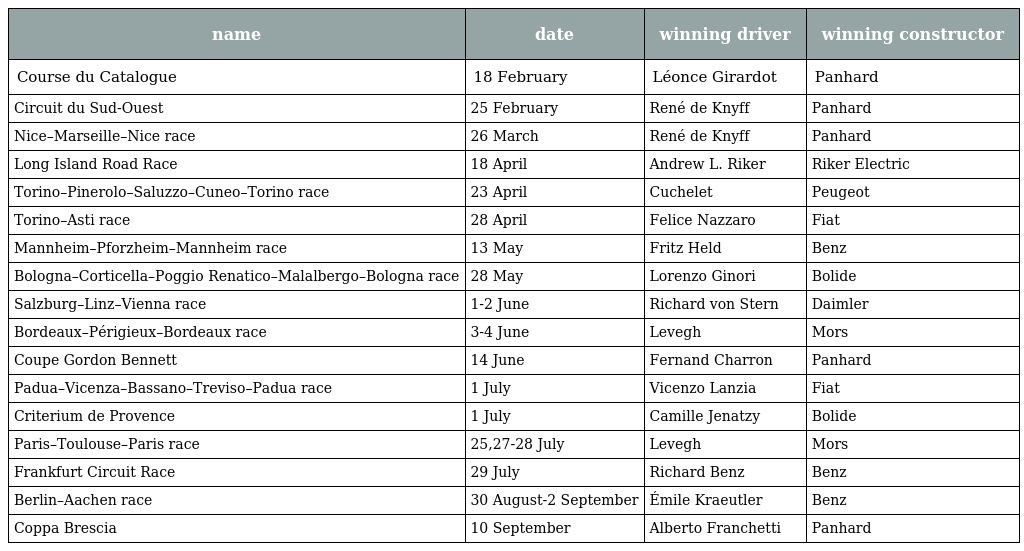
| name | date | winning driver | winning constructor |
 | --- | --- | --- | --- |
 | Course du Catalogue | 18 February | Léonce Girardot | Panhard |
 | Circuit du Sud-Ouest | 25 February | René de Knyff | Panhard |
 | Nice–Marseille–Nice race | 26 March | René de Knyff | Panhard |
 | Long Island Road Race | 18 April | Andrew L. Riker | Riker Electric |
 | Torino–Pinerolo–Saluzzo–Cuneo–Torino race | 23 April | Cuchelet | Peugeot |
 | Torino–Asti race | 28 April | Felice Nazzaro | Fiat |
 | Mannheim–Pforzheim–Mannheim race | 13 May | Fritz Held | Benz |
 | Bologna–Corticella–Poggio Renatico–Malalbergo–Bologna race | 28 May | Lorenzo Ginori | Bolide |
 | Salzburg–Linz–Vienna race | 1-2 June | Richard von Stern | Daimler |
 | Bordeaux–Périgieux–Bordeaux race | 3-4 June | Levegh | Mors |
 | Coupe Gordon Bennett | 14 June | Fernand Charron | Panhard |
 | Padua–Vicenza–Bassano–Treviso–Padua race | 1 July | Vicenzo Lanzia | Fiat |
 | Criterium de Provence | 1 July | Camille Jenatzy | Bolide |
 | Paris–Toulouse–Paris race | 25,27-28 July | Levegh | Mors |
 | Frankfurt Circuit Race | 29 July | Richard Benz | Benz |
 | Berlin–Aachen race | 30 August-2 September | Émile Kraeutler | Benz |
 | Coppa Brescia | 10 September | Alberto Franchetti | Panhard |